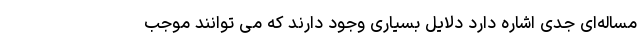
مساله‌ای جدی اشاره دارد دلایل بسیاری وجود دارند که می توانند موجب